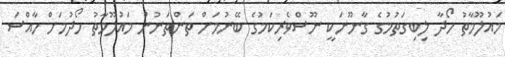
މައުލޫމާތު ހޯދާ ލިބިގަތުމުގެ ގާނޫނަކީ ނޫސްވެރިކަމުގެ ބޭނުމަށް ތަންތަނުން މައުލޫމާތު ހޯދުމަށް ހާއްސަ